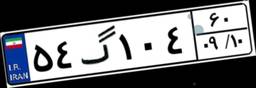
۵۴گ۱۰۴۶۰